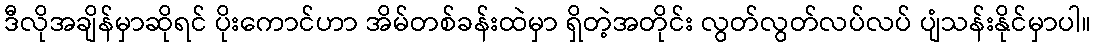
ဒီလိုအချိန်မှာဆိုရင် ပိုးကောင်ဟာ အိမ်တစ်ခန်းထဲမှာ ရှိတဲ့အတိုင်း လွတ်လွတ်လပ်လပ် ပျံသန်းနိုင်မှာပါ။